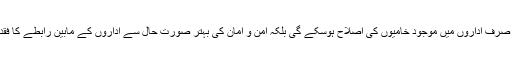
اس کے ذریعے سے نہ صرف اداروں میں موجود خامیوں کی اصلاح ہوسکے گی بلکہ امن و امان کی بہتر صورت حال سے اداروں کے مابین رابطے کا فقدان بھی ختم ہوجائے گا ۔